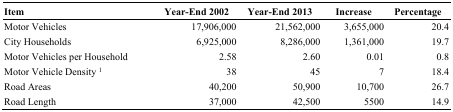
| Item | Year-End 2002 | Year-End 2013 | Increase | Percentage |
 | --- | --- | --- | --- | --- |
 | Motor Vehicles | 17,906,000 | 21,562,000 | 3,655,000 | 20.4 |
 | City Households | 6,925,000 | 8,286,000 | 1,361,000 | 19.7 |
 | Motor Vehicles per Household | 2.58 | 2.60 | 0.01 | 0.8 |
 | Motor Vehicle Density 1 | 38 | 45 | 7 | 18.4 |
 | Road Areas | 40,200 | 50,900 | 10,700 | 26.7 |
 | Road Length | 37,000 | 42,500 | 5500 | 14.9 |